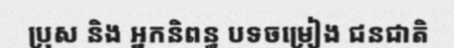
ប្រុស និង អ្នកនិពន្ធ បទចម្រៀង ជនជាតិ